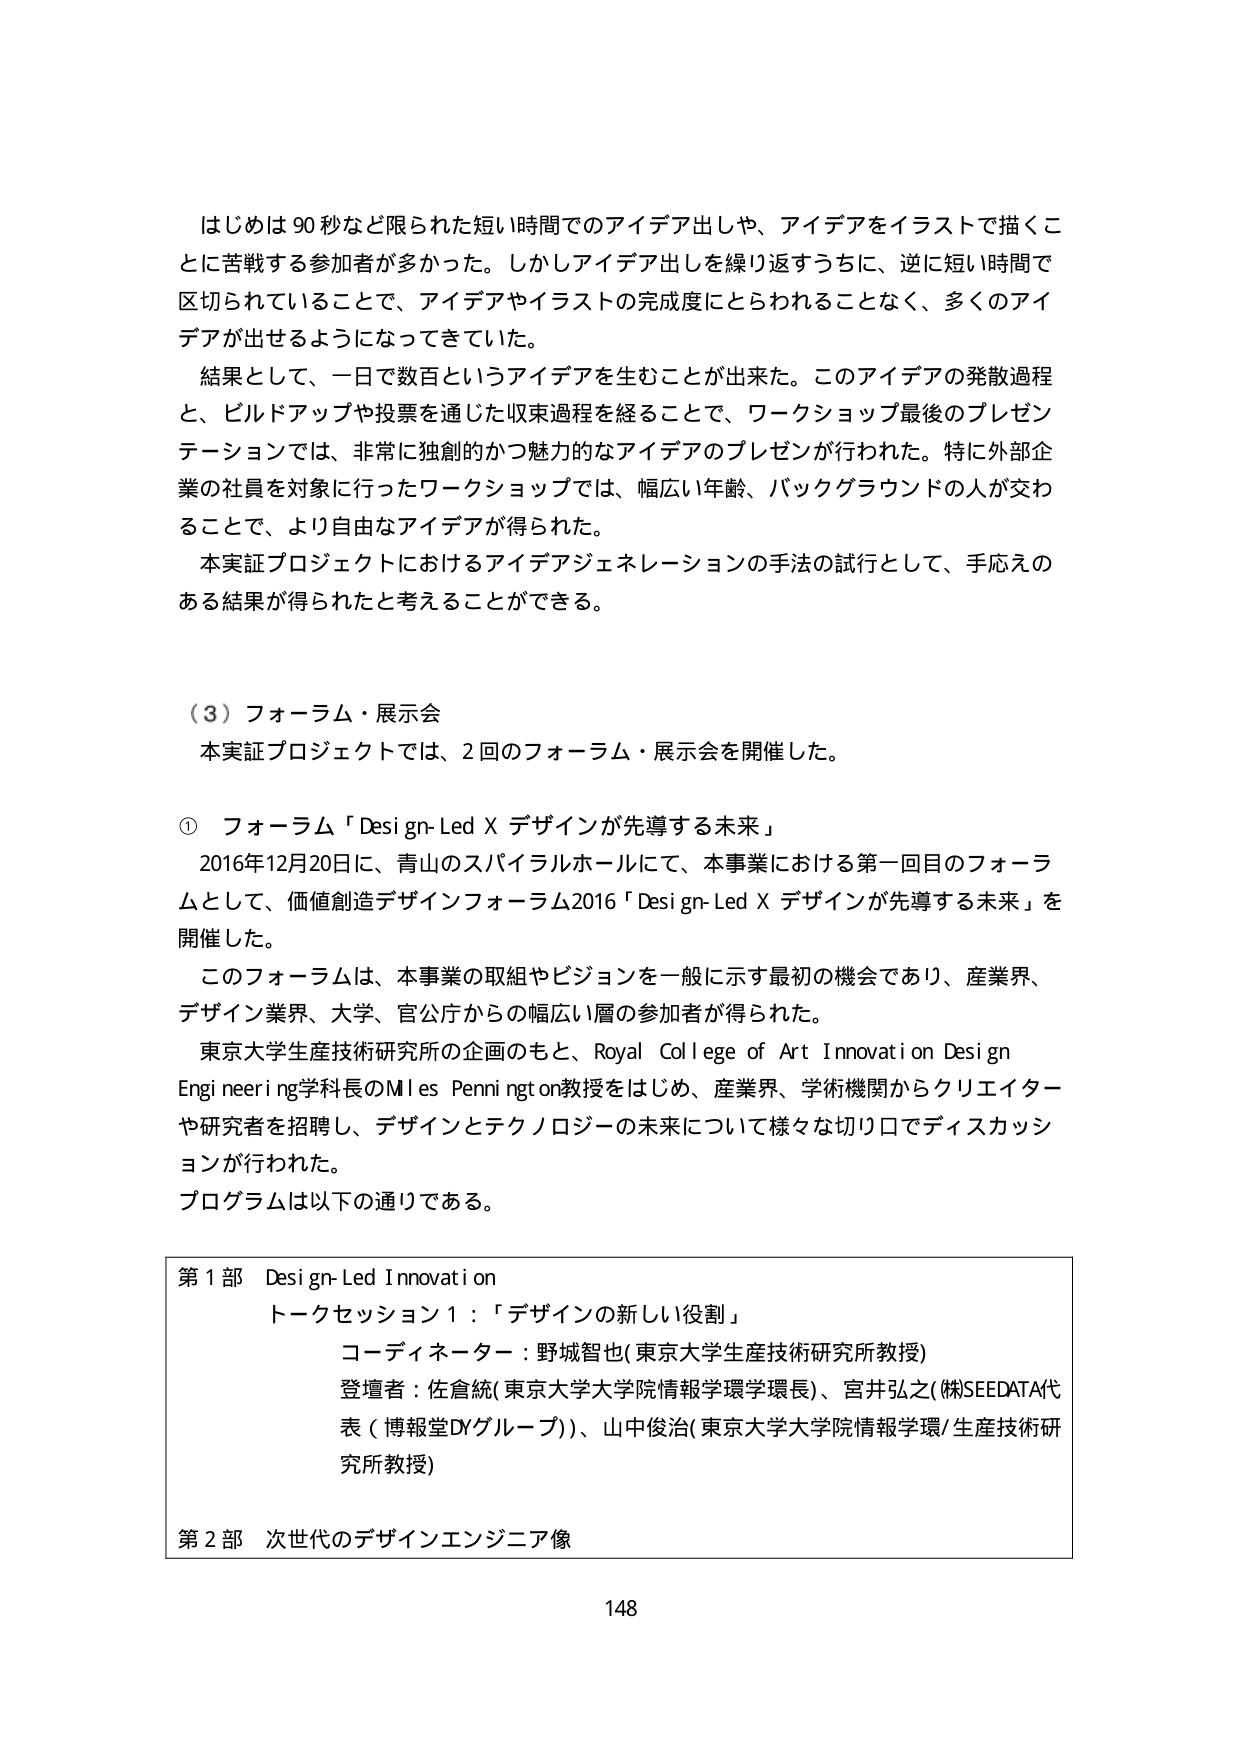
はじめは90秒など限られた短い時間でのアイデア出しや、アイデアをイラストで描くことに苦戦する参加者が多かった。しかしアイデア出しを繰り返すうちに、逆に短い時間で区切られていることで、アイデアやイラストの完成度にとらわれることなく、多くのアイデアが出せるようになってきていた。

結果として、一日で数百というアイデアを生むことが出来た。このアイデアの発散過程と、ビルドアップや投票を通じた収束過程を経ることで、ワークショップ最後のプレゼンテーションでは、非常に独創的かつ魅力的なアイデアのプレゼンが行われた。特に外部企業の社員を対象に行ったワークショップでは、幅広い年齢、バックグラウンドの人が交わることで、より自由なアイデアが得られた。

本実証プロジェクトにおけるアイデアジェネレーションの手法の試行として、手応えのある結果が得られたと考えることができる。

（３）フォーラム・展示会

本実証プロジェクトでは、2回のフォーラム・展示会を開催した。

① フォーラム「Design-Led X デザインが先導する未来」

2016年12月20日に、青山のスパイラルホールにて、本事業における第一回目のフォーラムとして、価値創造デザインフォーラム2016「Design-Led X デザインが先導する未来」を開催した。

このフォーラムは、本事業の取組やビジョンを一般に示す最初の機会であり、産業界、デザイン業界、大学、官公庁からの幅広い層の参加者が得られた。

東京大学生産技術研究所の企画のもと、Royal College of Art Innovation Design Engineering学科長のMiles Pennington教授をはじめ、産業界、学術機関からクリエイターや研究者を招聘し、デザインとテクノロジーの未来について様々な切り口でディスカッションが行われた。

プログラムは以下の通りである。

第1部 Design-Led Innovation
トークセッション1：「デザインの新しい役割」
コーディネーター：野城智也（東京大学生産技術研究所教授）
登壇者：佐倉統（東京大学大学院情報学環学環長）、宮井弘之（株）SEEDATA代表（博報堂DYグループ）、山中俊治（東京大学大学院情報学環/生産技術研究所教授）

第2部 次世代のデザインエンジニア像

148